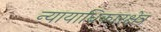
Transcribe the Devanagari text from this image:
न्यायाधिकारक्षेत्र